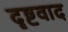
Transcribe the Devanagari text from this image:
दृष्टवाद